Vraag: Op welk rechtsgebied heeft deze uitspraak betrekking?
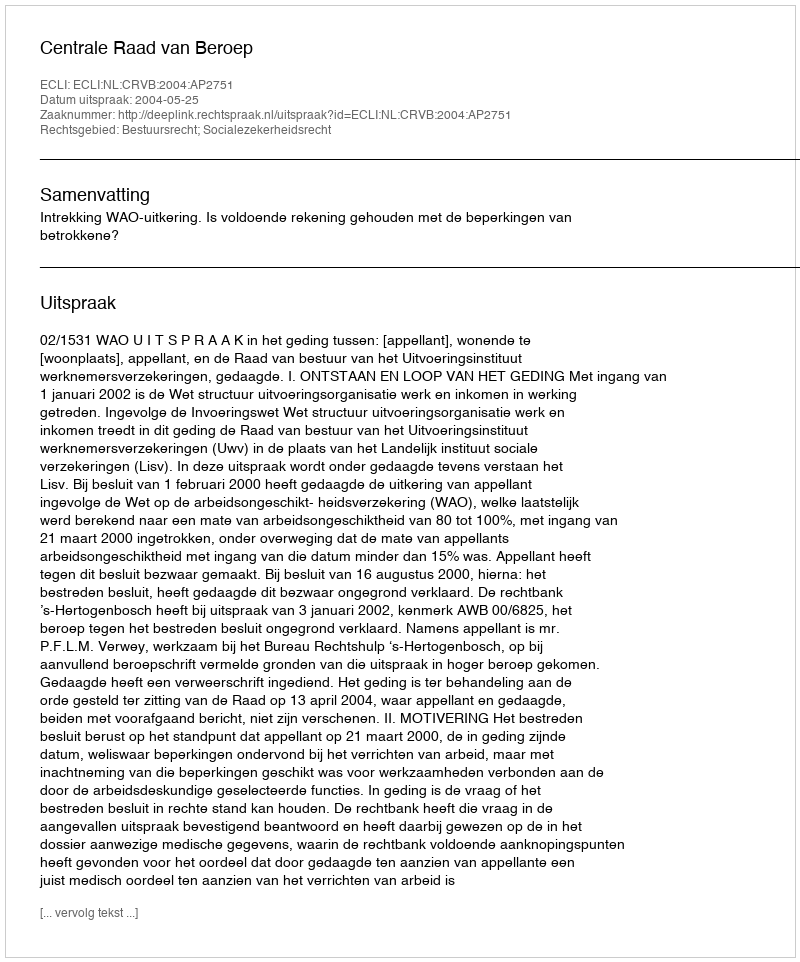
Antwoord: Bestuursrecht; Socialezekerheidsrecht